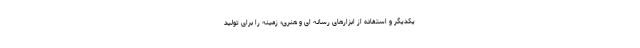
یکدیگر و استفاده از ابزارهای رسانه ای و هنری؛ زمینه را برای تولید